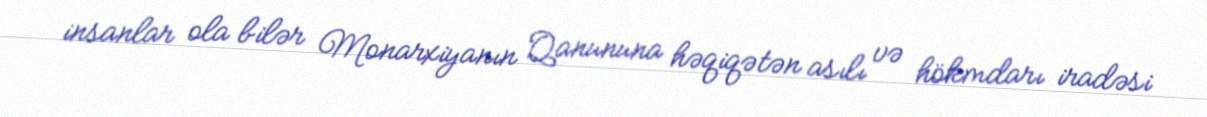
insanlar ola bilər Monarxiyanın Qanununa həqiqətən asılı və hökmdarı iradəsi